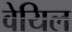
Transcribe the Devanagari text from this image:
वेयिल